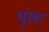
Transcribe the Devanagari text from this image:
भूंखा